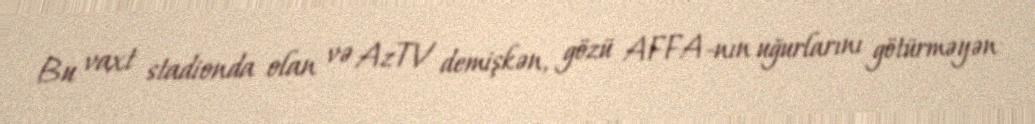
Bu vaxt stadionda olan və AzTV demişkən, gözü AFFA-nın uğurlarını götürməyən